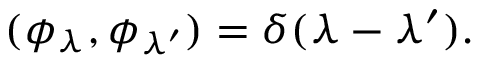
( \phi _ { \lambda } , \phi _ { \lambda ^ { \prime } } ) = \delta ( \lambda - \lambda ^ { \prime } ) .